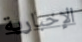
الإخبارية